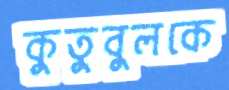
কুতুবুলকে